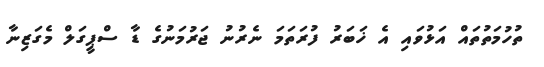
ތުހުމަތުތައް އަޅުވައި އެ ޚަބަރު ފުރަތަމަ ނެރުނު ޖަރުމަނުގެ ޑާ ސްޕީގަލް މެގަޒިނާ